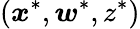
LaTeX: (\boldsymbol{x}^{*},\boldsymbol{w}^{*},z^{*})